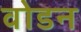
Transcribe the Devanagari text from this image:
वोडन